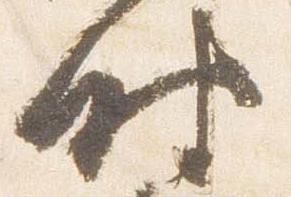
時